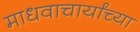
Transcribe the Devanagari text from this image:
माधवाचार्यांच्या